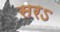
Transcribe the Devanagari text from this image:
सरऽ